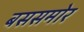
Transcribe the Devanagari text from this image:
बससमोर